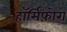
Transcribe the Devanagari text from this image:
हॉर्मिफ़ोरा